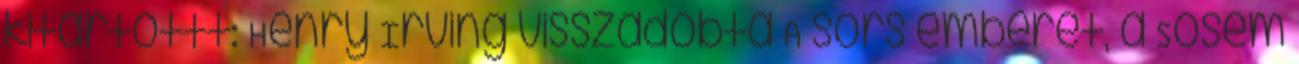
kitartottt: Henry Irving visszadobta A sors emberét, a Sosem